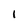
Character: I